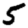
Digit: 5